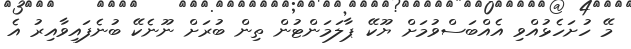
މޭ ހުށަހެޅުއްވި އެއްބަސްވުމަށް ޔޫކޭ ޕާލަމަންޓުން ތިން ބުރަށް ނޫނެކޭ ބުނެފައިވާއިރު އެ